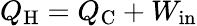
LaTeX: Q_{\mathrm{{H}}}=Q_{\mathrm{{C}}}+W_{\mathrm{{in}}}